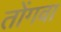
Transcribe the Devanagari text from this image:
तोंगवा